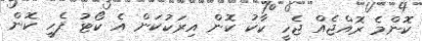
ކޮންމެ ރޮއްޖެއް ޖެހީ ކާކު ކޮން އިރަކުކަން އެ ކޯޓު ފެހީ ކޮން